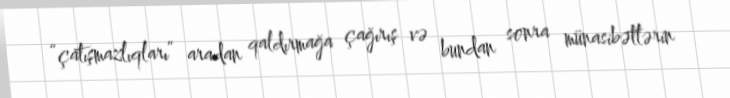
“çatışmazlıqları” aradan qaldırmağa çağırış və bundan sonra münasibətlərin